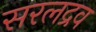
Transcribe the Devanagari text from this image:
सरलद्रव